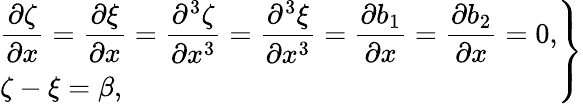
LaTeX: \left.\begin{array}{l}{\displaystyle\frac{\partial\zeta}{\partial x}=\frac{\partial\xi}{\partial x}=\frac{\partial^{3}\zeta}{\partial x^{3}}=\frac{\partial^{3}\xi}{\partial x^{3}}=\frac{\partial b_{1}}{\partial x}=\frac{\partial b_{2}}{\partial x}=0,}\\ {\zeta-\xi=\beta,}\end{array}\right\}